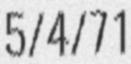
5/4/71